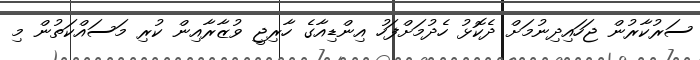
ސަރުކާރުން ޖަހައިދިނުމަށް ދެކޮޅު ހެދުމަށްފަހު އިންޑިއާގެ ހާރިޖީ ވުޒާރާއިން ކުރި މަަސައްކަތުން މި